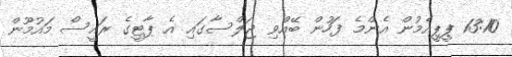
13:10 ޕީޕީއެމުން އެންމެ ފަހުން ބޭއްވި ޖަލްސާގައި އެ ޕާޓީގެ ރައީސް މައުމޫން